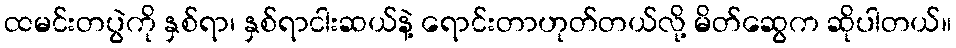
ထမင်းတပွဲကို နှစ်ရာ၊ နှစ်ရာငါးဆယ်နဲ့ ရောင်းတာဟုတ်တယ်လို့ မိတ်ဆွေက ဆိုပါတယ်။